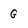
Character: G